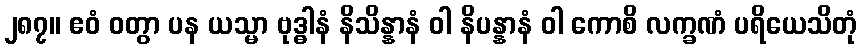
၂၈၇။ ဧဝံ ဝတွာ ပန ယသ္မာ ဗုဒ္ဓါနံ နိသိန္နာနံ ဝါ နိပန္နာနံ ဝါ ကောစိ လက္ခဏံ ပရိယေသိတုံ